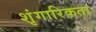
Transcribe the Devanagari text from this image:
शृंगारिकता